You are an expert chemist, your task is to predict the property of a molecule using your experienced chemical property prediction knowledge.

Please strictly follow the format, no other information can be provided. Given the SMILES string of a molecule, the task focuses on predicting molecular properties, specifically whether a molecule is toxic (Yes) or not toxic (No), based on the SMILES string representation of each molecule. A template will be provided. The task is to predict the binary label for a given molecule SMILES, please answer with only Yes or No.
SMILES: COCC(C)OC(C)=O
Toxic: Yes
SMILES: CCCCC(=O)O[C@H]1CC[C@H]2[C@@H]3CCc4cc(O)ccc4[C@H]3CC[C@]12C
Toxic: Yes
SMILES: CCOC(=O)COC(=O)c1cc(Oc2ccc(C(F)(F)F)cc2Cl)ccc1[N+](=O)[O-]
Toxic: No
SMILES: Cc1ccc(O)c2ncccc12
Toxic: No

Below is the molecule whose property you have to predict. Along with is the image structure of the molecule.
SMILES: CN(C)C1CSSSC1
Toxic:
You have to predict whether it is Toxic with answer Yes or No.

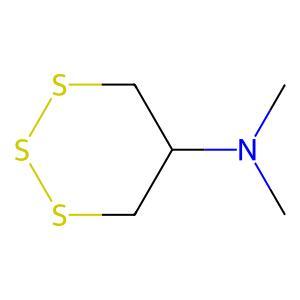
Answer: No